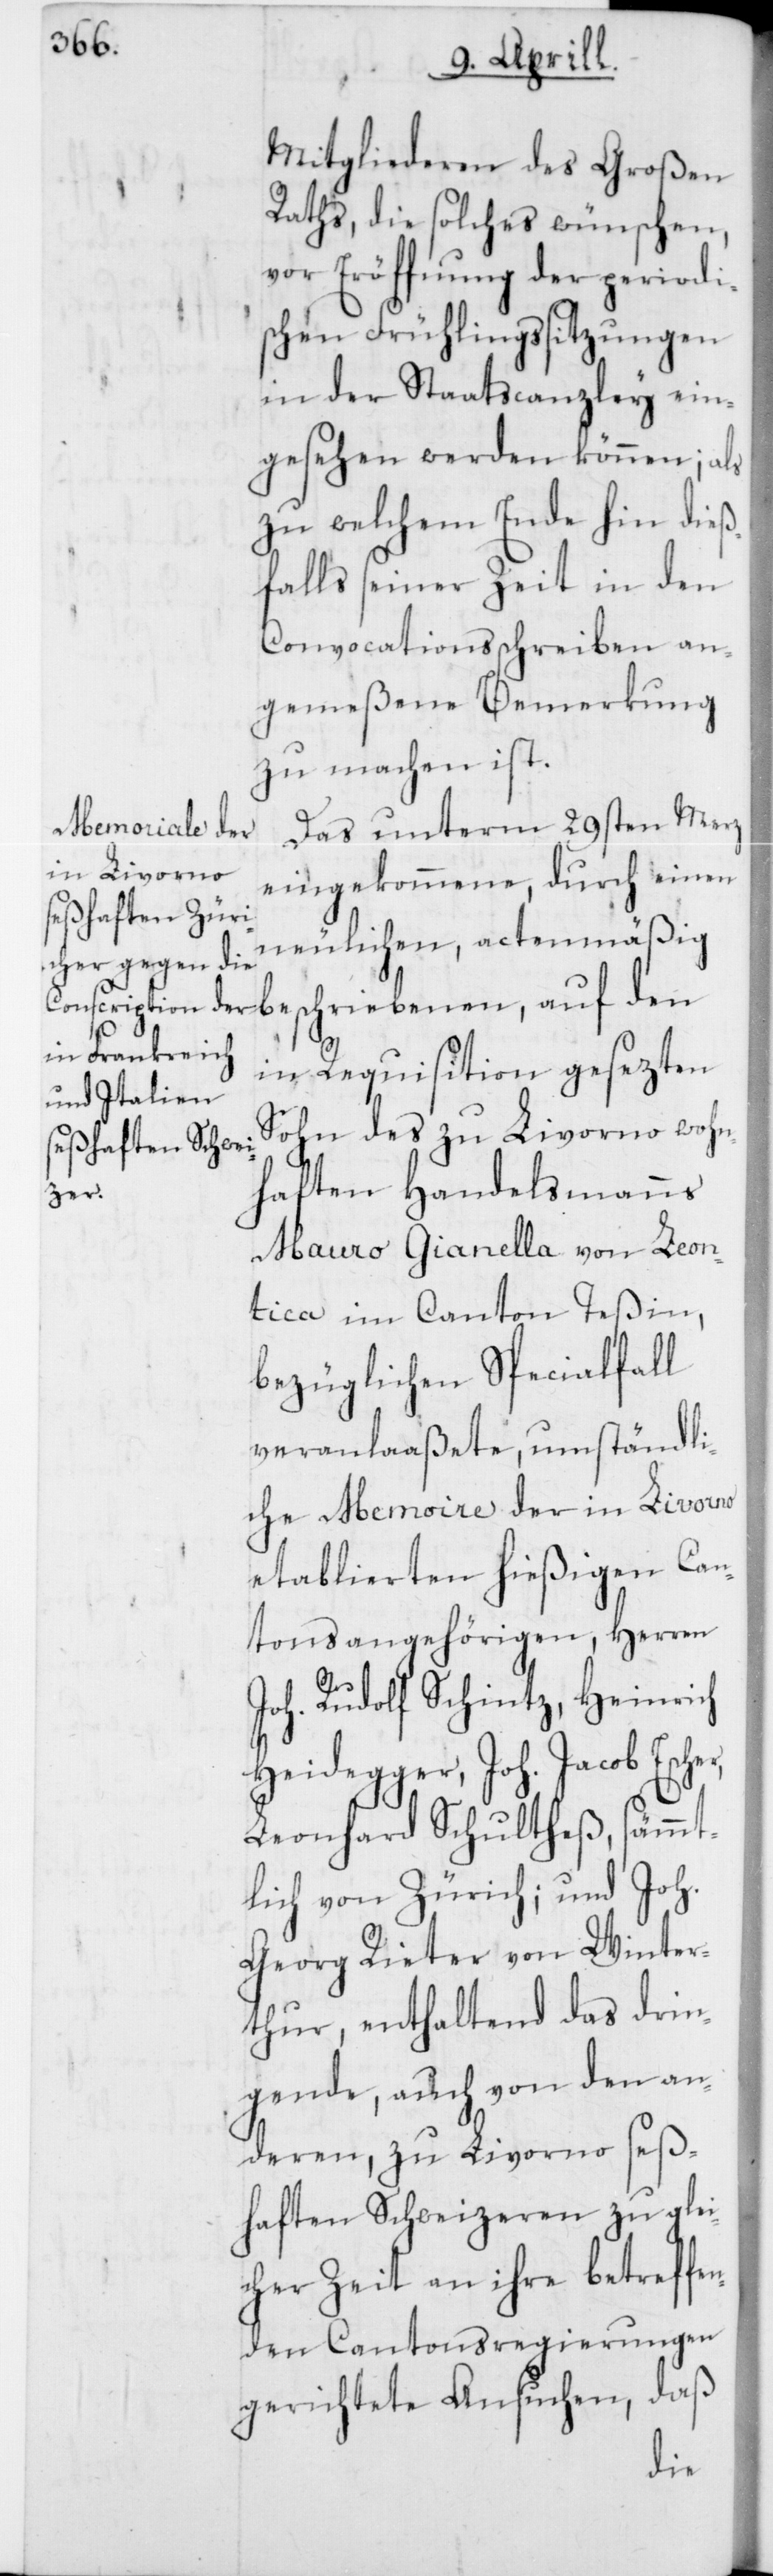
Mitgliederen des Großen
Raths, die solches wünschen,
vor Eröffnung der periodi¬
schen Frühlingssitzungen
in der Staatscanzley ein¬
gesehen werden können; als
zu welchem Ende hin dieß¬
falls seiner Zeit in den
Convocationsschreiben an¬
gemeßene Bemerkung
zu machen ist.
Das unterm 29sten Merz
eingekommene, durch einen
neulichen, actenmäßig
beschriebenen, auf den
in Requisition gesezten
Sohn des zu Livorno wohn¬
haften Handelsmanns
er,
Mauro Gianella von Leon¬
tica im Canton Teßin,
bezüglichen Specialfall
veranlaßete, umständli¬
che Memoire der in Livorno
etablierten hießigen Can¬
tonsangehörigen, Herren
Joh. Rudolf Schintz, Heinrich
Heidegger, Joh. Jacob Esch¬
Leonhard Schultheß, sämmt¬
lich von Zürich; und Joh.
Georg Rieter von Winter¬
thur, enthaltend das drin¬
gende, auch von den an¬
deren zu Livorno seß¬
haften Schweizeren zu glei¬
cher Zeit an ihre betreffe¬
nden Cantonsregierungen
gerichtete Ansuchen, daß